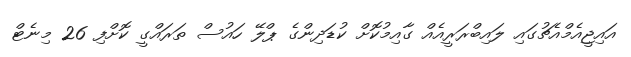
އައިޖީއެމްއެޗުގައި ލައިބްރަރީއެއް ގާއިމުކޮށް ކުޑަދިންގެ ޕްލޭ ހައުސް ތަރައްގީ ކޮށްފި 26 މިނެޓް